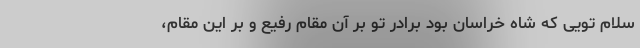
سلام تویی که شاه خراسان بود برادر تو بر آن مقام رفیع و بر این مقام،